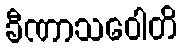
ခီဏာသဝေါတိ